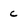
Character: c